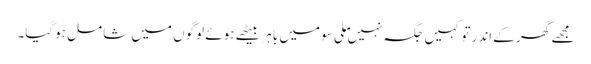
مجھے گھر کے اندر تو کہیں جگہ نہیں ملی سو میں باہر بیٹھے ہوئے لوگوں میں شامل ہوگیا۔